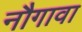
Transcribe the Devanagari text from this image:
नौगावा